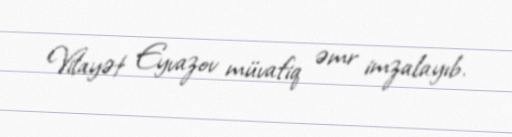
Vilayət Eyvazov müvafiq əmr imzalayıb.